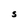
Character: S